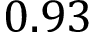
0 . 9 3